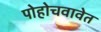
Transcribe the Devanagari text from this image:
पोहोचवावेत